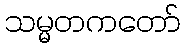
သမ္မတကတော်